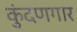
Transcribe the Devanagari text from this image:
कुंदणगार